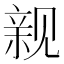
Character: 𲁗